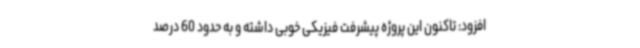
افزود: تاکنون این پروژه پیشرفت فیزیکی خوبی داشته و به حدود 60 درصد